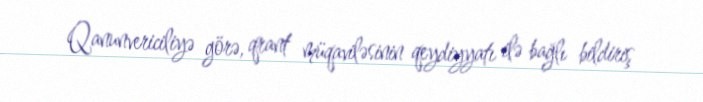
Qanunvericiliyə görə, qrant müqaviləsinin qeydiyyatı ilə bağlı bildiriş